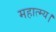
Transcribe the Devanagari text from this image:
महात्म्य।